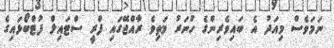
ނަމަވެސް މިއަދު އެ ބައިވެރިންގެ ހުނަރު މަތިވެ ރާއްޖޭގައި ފްރީ ސްޓައިލް ފުޓްބޯޅައިގެ